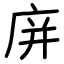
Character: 庰